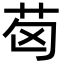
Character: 𦭪